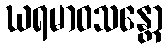
ဃရမာဝသန္တော